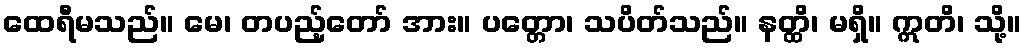
ထေရီမသည်။ မေ၊ တပည့်တော် အား။ ပတ္တော၊ သပိတ်သည်။ နတ္ထိ၊ မရှိ။ ဣတိ၊ သို့။